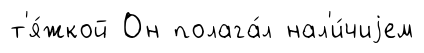
т'я́жкой Он полага́л нал'и́чиjем